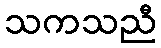
သကသညီ